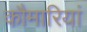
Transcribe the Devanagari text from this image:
कौमारियां